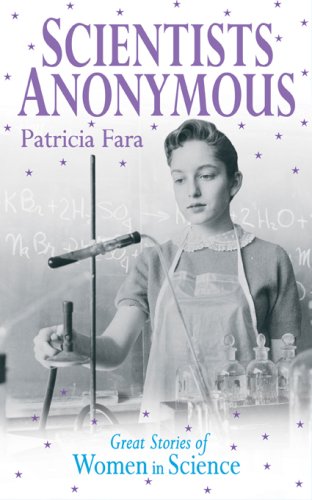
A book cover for Scientists Anonymous: Great Stories of Women in Science; Patricia Fara; Teen & Young Adult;